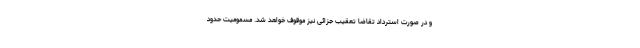
و در صورت استرداد تقاضا تعقیب جزائی نیز موقوف خواهد شد. مسمومیت حدود